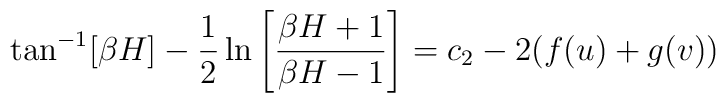
\tan^{-1}[\beta H]-\frac{1}{2}\ln\left[\frac{\beta H+1}{\beta H-1}\right]=c_2-2(f(u)+g(v))